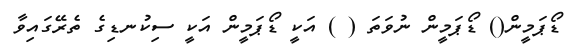
ޑޯޕަމީން() ޑޯޕަމީން ނުވަތަ ( ) އަކީ ޑޯޕަމީން އަކީ ސިކުނޑިގެ ތެރޭގައިވާ